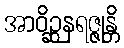
အာဝိဉ္ဆနရဇ္ဇုန္တိ